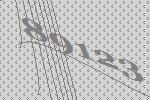
89123